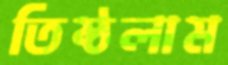
তিষ্ঠলাম